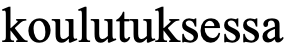
koulutuksessa